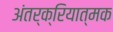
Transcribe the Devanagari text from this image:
अंतर्क्रियात्मक